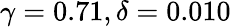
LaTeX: \gamma=0.71,\delta=0.010